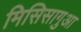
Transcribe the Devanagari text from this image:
मिसिसागुआ